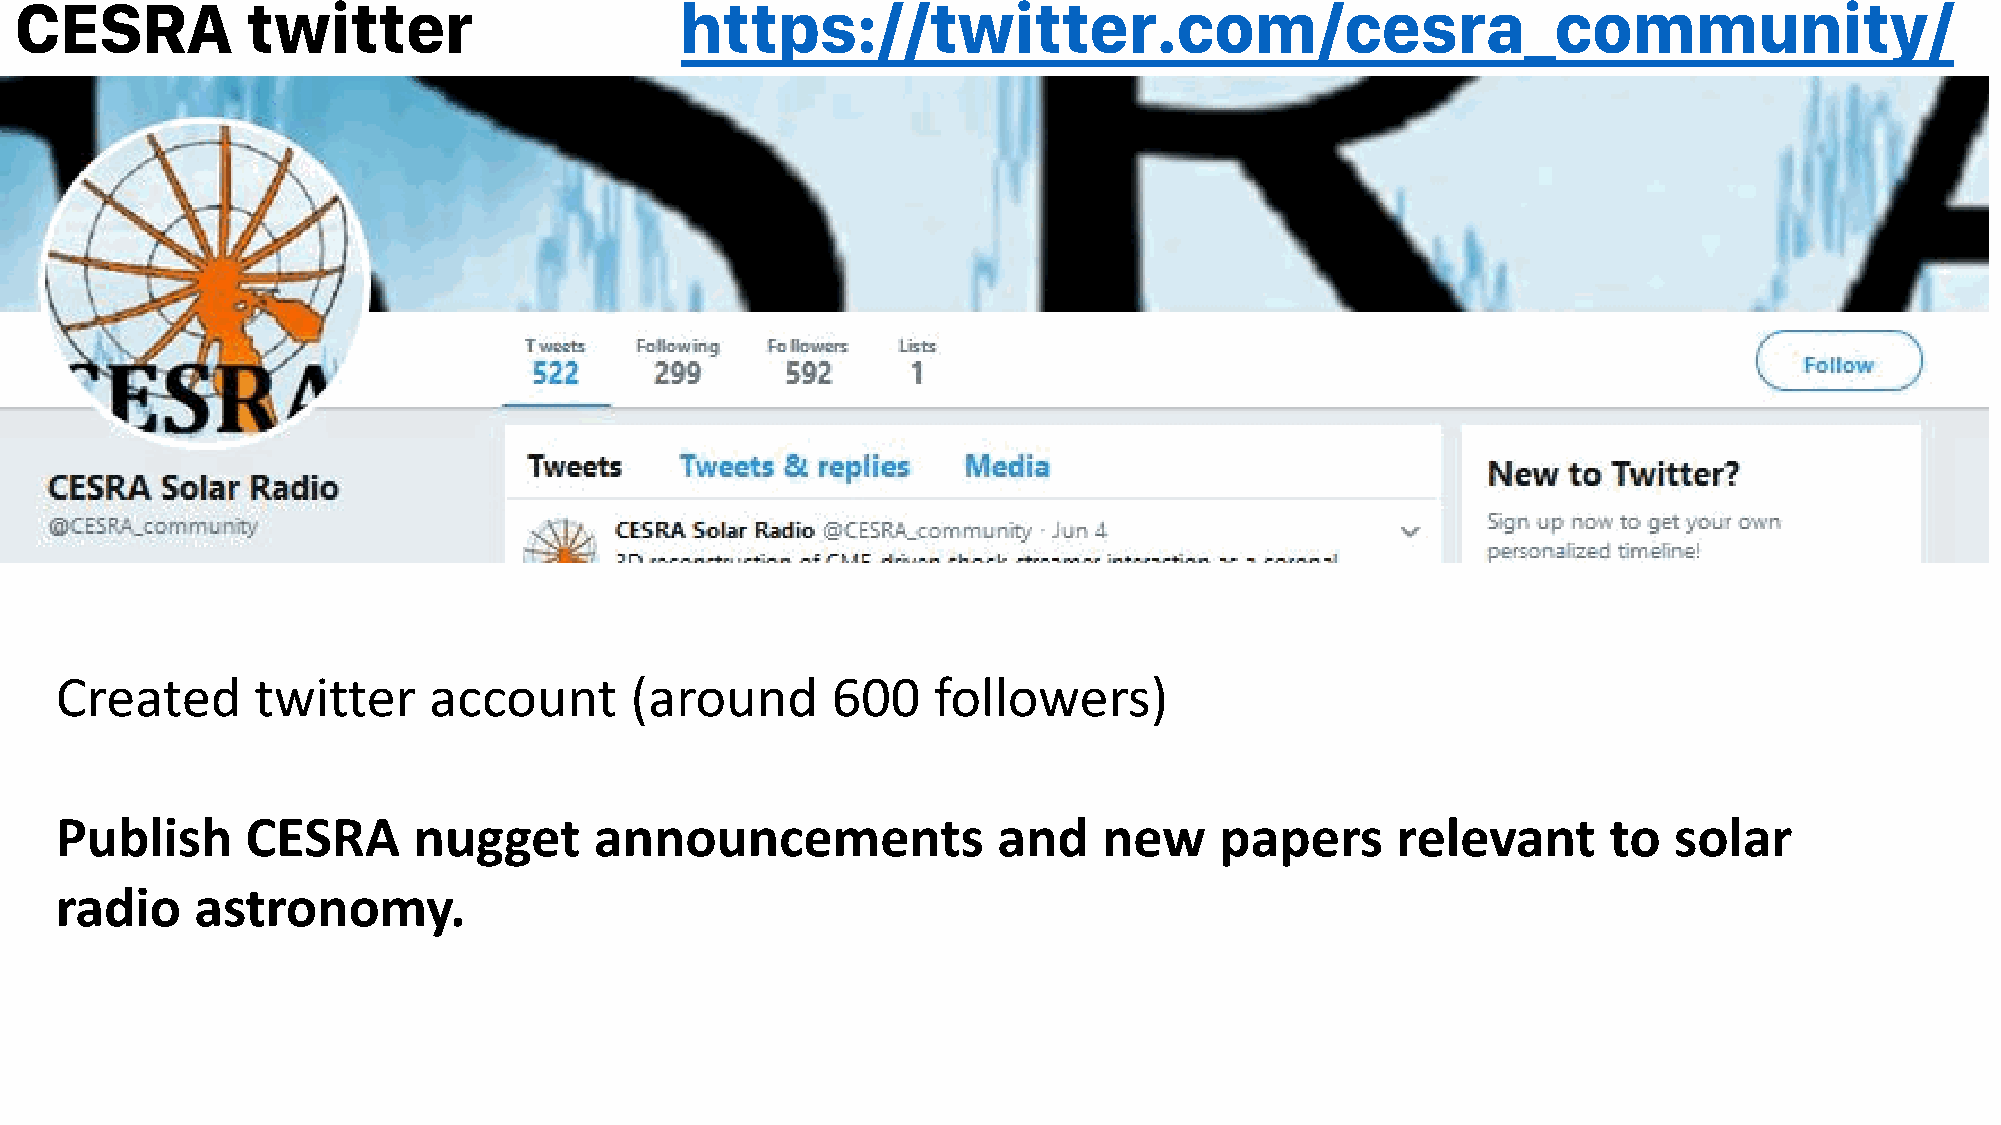
Created      twitter    account       (around      600    followers)
 Publish     CESRA      nugget      announcements              and    new     papers     relevant       to  solar
 radio    astronomy.